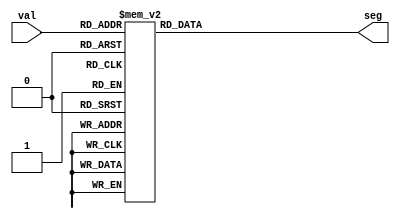
module seg7 (
input [3:0] val,
output reg [6:0] seg // from MSB {A, B, C, D, E, F, G}
);
always @(*)
begin
case (val[3:0])
4'h0: seg[6:0] = 7'b111_1110;
4'h1: seg[6:0] = 7'b011_0000;
4'h2: seg[6:0] = 7'b110_1101;
4'h3: seg[6:0] = 7'b111_1001;
4'h4: seg[6:0] = 7'b011_0011;
4'h5: seg[6:0] = 7'b101_1011;
4'h6: seg[6:0] = 7'b101_1111;
4'h7: seg[6:0] = 7'b111_0000;
4'h8: seg[6:0] = 7'b111_1111;
4'h9: seg[6:0] = 7'b111_0011;
4'hA: seg[6:0] = 7'b111_0111;
4'hB: seg[6:0] = 7'b001_1111;
4'hC: seg[6:0] = 7'b100_1110;
4'hD: seg[6:0] = 7'b011_1101;
4'hE: seg[6:0] = 7'b100_1111;
4'hF: seg[6:0] = 7'b100_0111;
default: seg[6:0] = 7'b100_0111; // 4'hF
endcase
end
endmodule